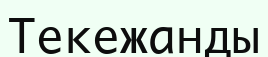
Текежанды